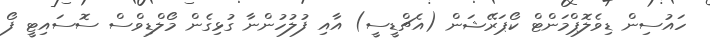
ހައުސިން ޑިވެލޮޕްމަންޓް ކޯޕަރޭޝަން (އެޗްޑީސީ) އާއި ފުލުހުންނާ ގުޅިގެން މޯލްޑިވްސް ސޮސައިޓީ ފޯ